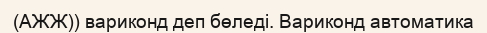
(АЖЖ)) вариконд деп бөледі. Вариконд автоматика